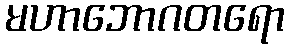
မဟာဘောဂတရော